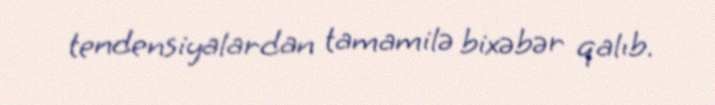
tendensiyalardan tamamilə bixəbər qalıb.